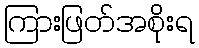
ကြားဖြတ်အစိုးရ